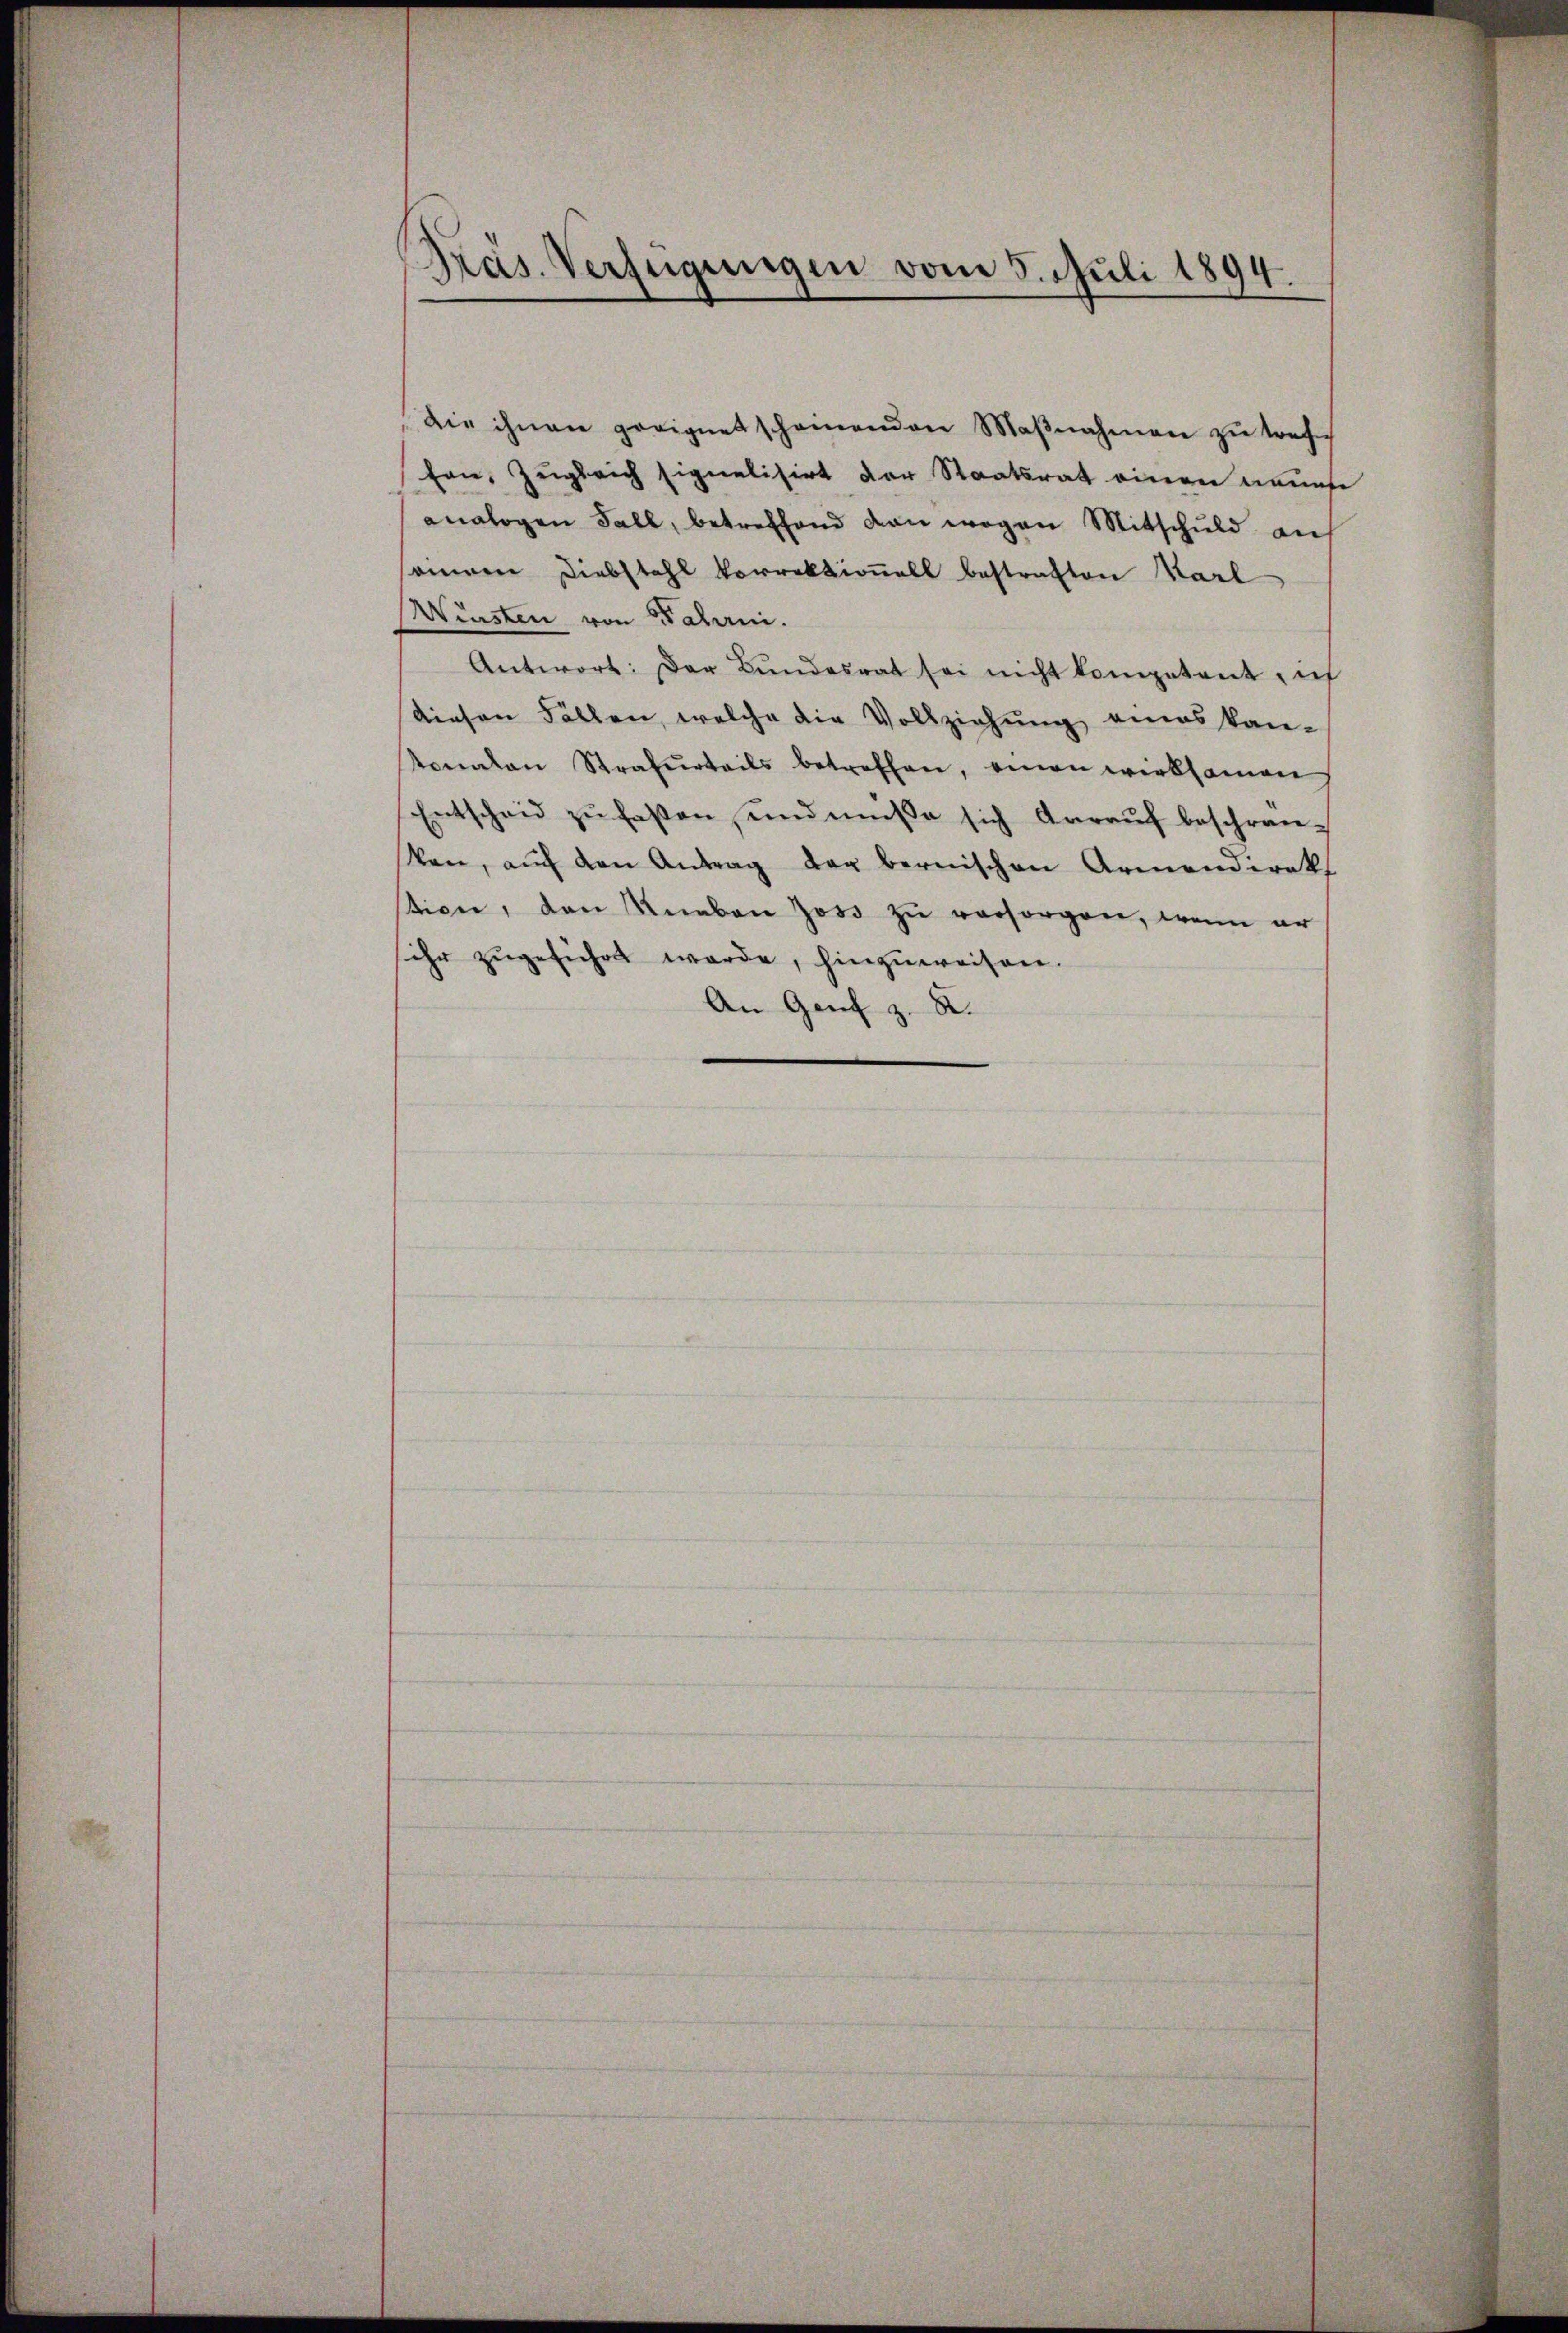
Präs. Verfügungen vom 5. Juli 1894.

Die ihnen geeignet scheinenden Maβnahmen zu tref
fon, Zugleich signalisirt der Staatsrat einen neunte
analogen Fall, betreffend den wegen Mitschuld auf
seinem Diebstahl korrektionell bestraften Karl
Winsten von Palani.
Antwort: Der Bŭndesrat sei nicht kompetent, ic
diesen Fällen, welche die Vollziehung eines kan-
tonalen Strafurteils betreffen, einen wirksamen
Entscheid zŭ faßen, und müße sich Aarauf beschrän-
ken, auf den Antrag der bernischen Armendirek
stien, den Knaben Joss zu versorgen, wenn er
sehr zugeführt werde, hinzuweisen.
An Genf z. B.